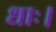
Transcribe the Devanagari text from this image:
धाः।